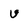
Character: U